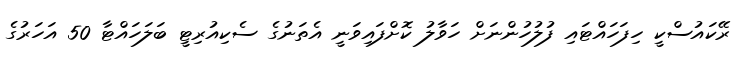
ރޭކައުސްކީ ހިފަހައްޓައި ފުލުހުންނަށް ހަވާލު ކޮށްފައިވަނީ އެތަނުގެ ސެކިއުރިޓީ ބަލަހައްޓާ 50 އަހަރުގެ